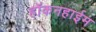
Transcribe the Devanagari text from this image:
हॉकनहाईम